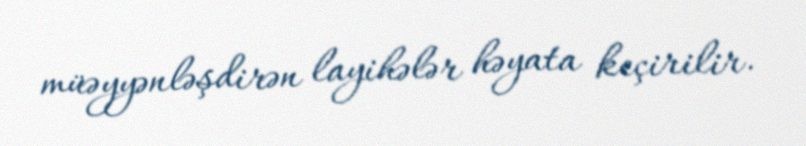
müəyyənləşdirən layihələr həyata keçirilir.